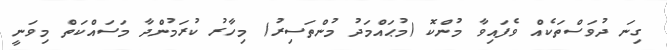
ގިނަ ދުވަސްތަކެއް ވެފައިވާ މުންކޮ (މުޙައްމަދު މުންތަސިރު) މިހާރު ކުރަމުންދާ މަސައްކަތް މިވަނީ